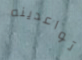
تواعدينه